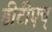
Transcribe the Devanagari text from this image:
डीटीएच्‌